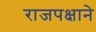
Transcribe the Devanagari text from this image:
राजपक्षाने